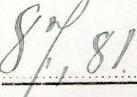
31,03